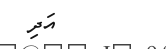
އަދި